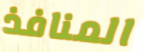
المنافذ